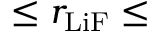
\le r _ { \mathrm { L i F } } \le